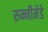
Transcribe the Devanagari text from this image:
रुन्नीमेडे